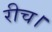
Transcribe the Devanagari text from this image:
रीच।